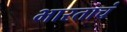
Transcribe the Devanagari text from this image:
भारताचं